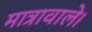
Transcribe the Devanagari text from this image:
मात्रावाले।